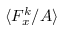
\langle F _ { x } ^ { k } / A \rangle